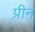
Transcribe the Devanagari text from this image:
प्रीन